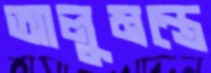
আলুমন্ত্রে